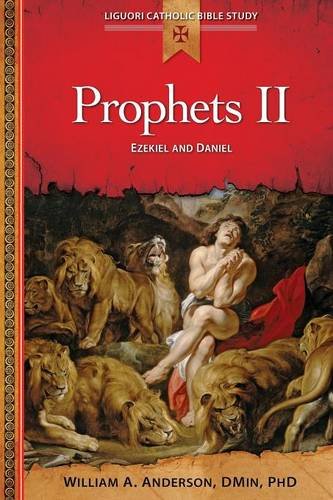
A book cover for Prophets II: Ezekiel and Daniel (Liguori Catholic Bible Study); William Anderson; Christian Books & Bibles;